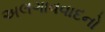
અલગાવવાદનો